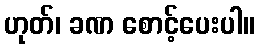
ဟုတ်၊ ခဏ စောင့်ပေးပါ။